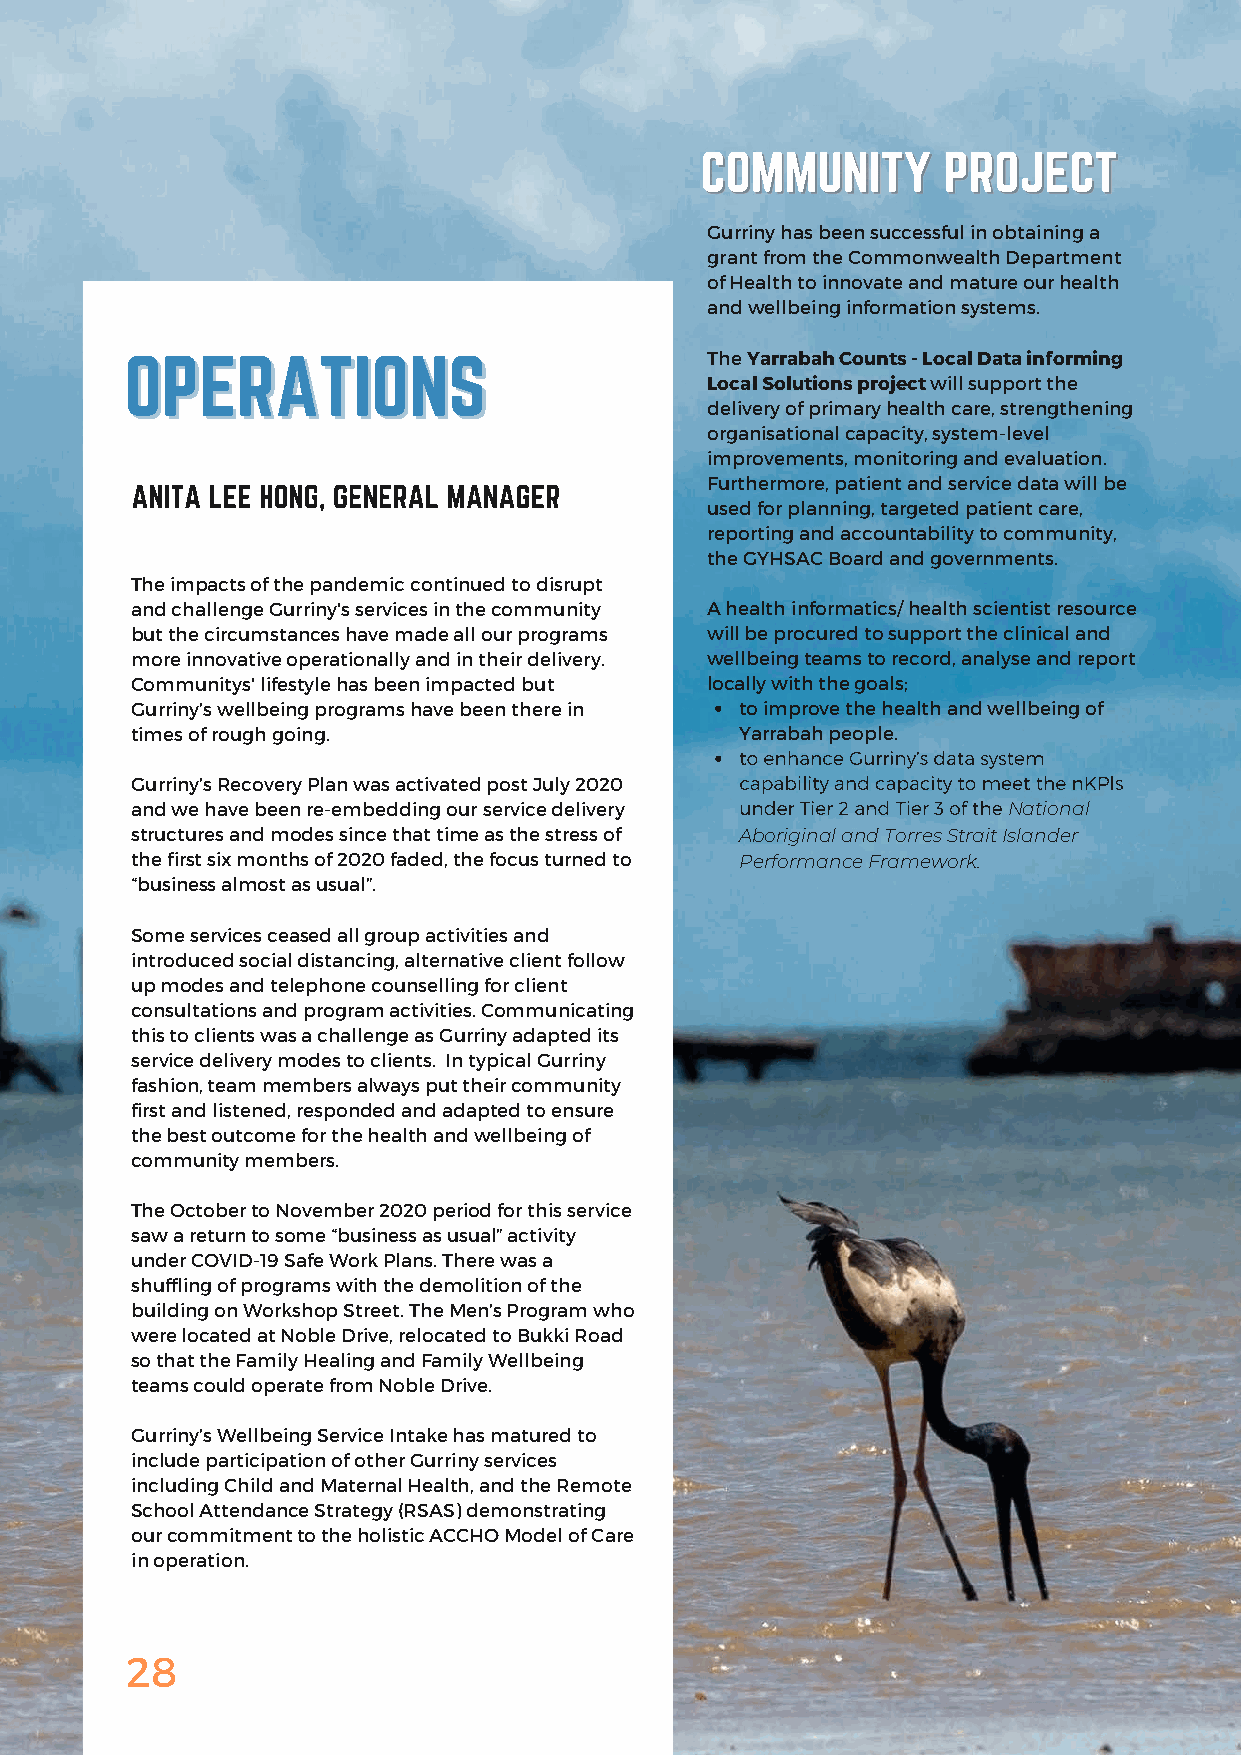
Gurriny has been successful in obtaining a
 grant from the Commonwealth Department
 of Health to innovate and mature our health
 and wellbeing information systems.
 The Yarrabah Counts - Local Data informing
 Local Solutions project will support the
 delivery of primary health care, strengthening
 organisational capacity, system-level
 improvements, monitoring and evaluation.
 Furthermore, patient and service data will be
 used for planning, targeted patient care,
 reporting and accountability to community,
 the GYHSAC Board and governments.
 The impacts of the pandemic continued to disrupt
 and challenge Gurriny's services in the community A health informatics/ health scientist resource
 but the circumstances have made all our programs will be procured to support the clinical and
 more innovative operationally and in their delivery. wellbeing teams to record, analyse and report
 Communitys' lifestyle has been impacted but locally with the goals;
 Gurriny’s wellbeing programs have been there in to improve the health and wellbeing of
 times of rough going.                   Yarrabah people.
 Gurriny’s Recovery Plan was activated post July 2020
 and we have been re-embedding our service delivery        National
 structures and modes since that time as the stress of Aboriginal and Torres Strait Islander
 the first six months of 2020 faded, the focus turned to Performance Framework.
 “business almost as usual”.
 Some services ceased all group activities and
 introduced social distancing, alternative client follow
 up modes and telephone counselling for client
 consultations and program activities. Communicating
 this to clients was a challenge as Gurriny adapted its
 service delivery modes to clients. In typical Gurriny
 fashion, team members always put their community
 first and listened, responded and adapted to ensure
 the best outcome for the health and wellbeing of
 community members.
 The October to November 2020 period for this service
 saw a return to some “business as usual” activity
 under COVID-19 Safe Work Plans. There was a
 shuffling of programs with the demolition of the
 building on Workshop Street. The Men’s Program who
 were located at Noble Drive, relocated to Bukki Road
 so that the Family Healing and Family Wellbeing
 teams could operate from Noble Drive.
 Gurriny’s Wellbeing Service Intake has matured to
 include participation of other Gurriny services
 including Child and Maternal Health, and the Remote
 School Attendance Strategy (RSAS) demonstrating
 our commitment to the holistic ACCHO Model of Care
 in operation.
 28